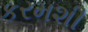
કરમશી